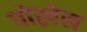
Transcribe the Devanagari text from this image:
पोख्रेल